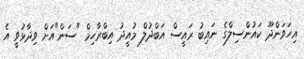
އިހަވަންދޫ ކައުންސިލްގެ ނައިބު ރައީސް އަބްދުލް މުއީދު އިބްރާހިމް "ސަން"އަށް ވިދާޅުވީ އެ